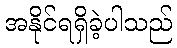
အနိုင်ရရှိခဲ့ပါသည်